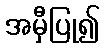
အမှီပြု၍